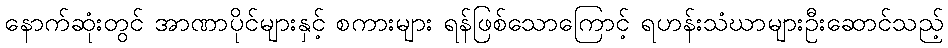
နောက်ဆုံးတွင် အာဏာပိုင်များနှင့် စကားများ ရန်ဖြစ်သောကြောင့် ရဟန်းသံဃာများဦးဆောင်သည့်